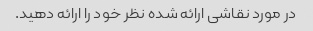
در مورد نقاشی ارائه شده نظر خود را ارائه دهید.